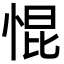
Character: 惃